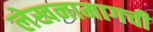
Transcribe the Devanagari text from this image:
लेखनामागची